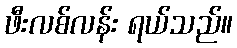
ဖီးလစ်လန်း ရယ်သည်။